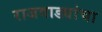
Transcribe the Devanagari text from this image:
राजवाड्यांचा